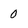
Character: 0